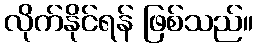
လိုက်နိုင်ရန် ဖြစ်သည်။